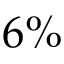
6 \%